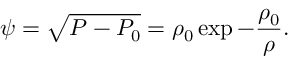
\psi = \sqrt { P - P _ { 0 } } = \rho _ { 0 } \exp - \frac { \rho _ { 0 } } { \rho } .